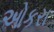
ઓકરા